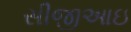
સીજીઆઇ